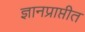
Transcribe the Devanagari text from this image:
ज्ञानप्राप्तीत